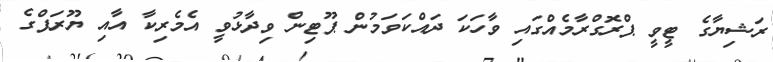
ރަޝިޔާގެ ޓީވީ ޕްރޮގްރާމެއްގައި ވާހަކަ ދައްކަވަމުން ޕޫޓިން ވިދާޅުވީ އެމެރިކާ އާއި ޔޫރަޕްގެ